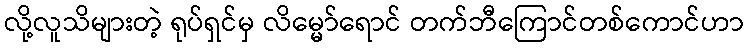
လို့လူသိများတဲ့ ရုပ်ရှင်မှ လိမ္မော်ရောင် တက်ဘီကြောင်တစ်ကောင်ဟာ